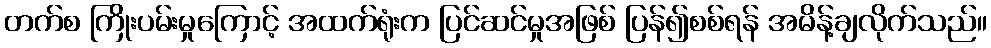
တက်စ ကြိုးပမ်းမှုကြောင့် အထက်ရုံးက ပြင်ဆင်မှုအဖြစ် ပြန်၍စစ်ရန် အမိန့်ချလိုက်သည်။